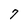
Character: 7